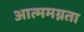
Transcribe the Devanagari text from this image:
आत्ममग्नता